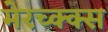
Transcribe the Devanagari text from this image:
मेरच्क्क्स